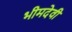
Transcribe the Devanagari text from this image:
भीमदेवी